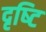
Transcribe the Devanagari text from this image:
दृष्‍टि